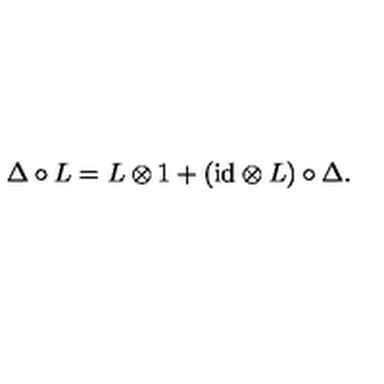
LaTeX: \Delta \circ L = L \otimes 1 + ( \mathrm { i d } \otimes L ) \circ \Delta .